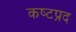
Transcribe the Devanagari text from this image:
कष्‍टप्रद